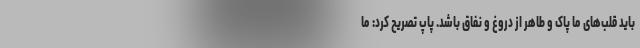
باید قلب‌های ما پاک و طاهر از دروغ و نفاق باشد. پاپ تصریح کرد: ما